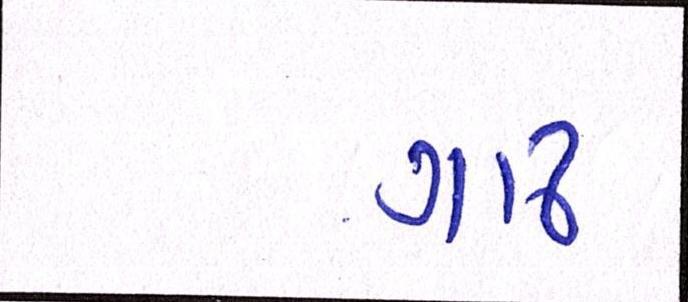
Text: ગાઢ